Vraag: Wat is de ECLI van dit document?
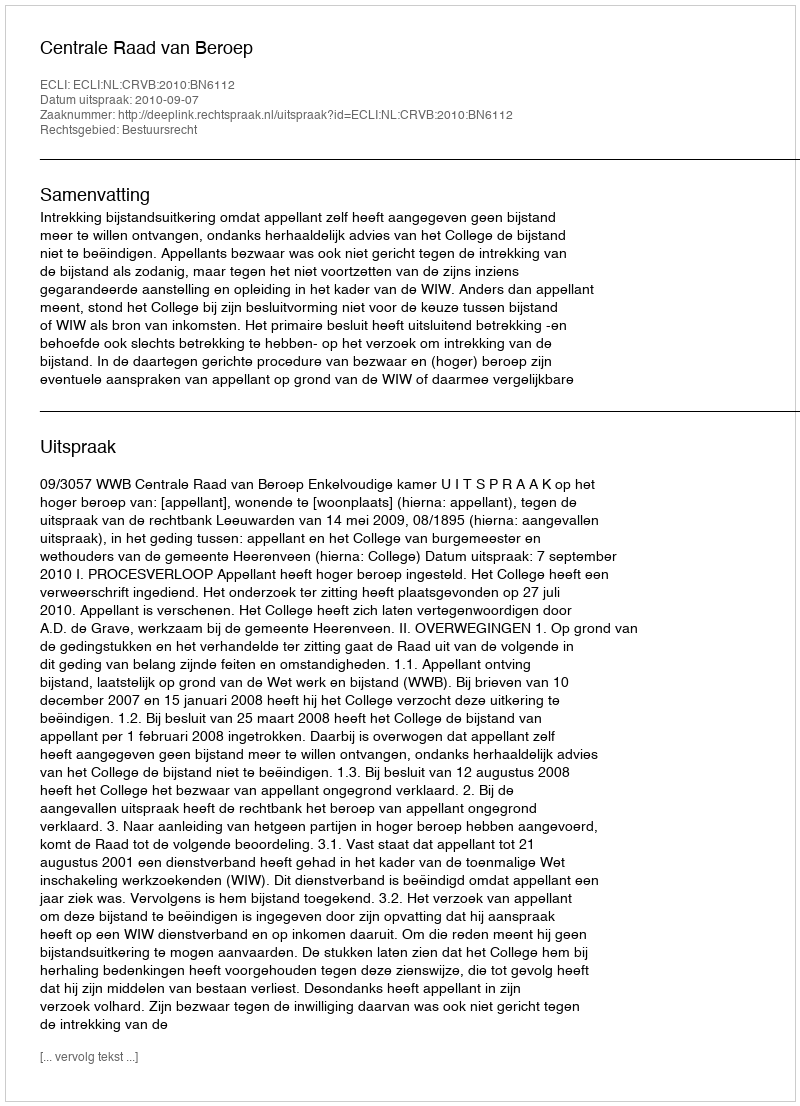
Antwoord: ECLI:NL:CRVB:2010:BN6112